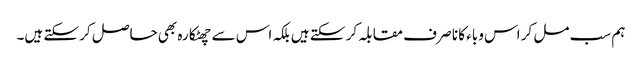
ہم سب مل کر اس وباء کا نا صر ف مقابلہ کر سکتے ہیں بلکہ اس سے چھٹکارہ بھی حاصل کر سکتے ہیں۔